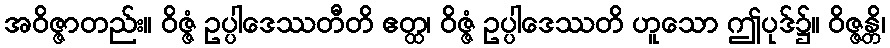
အဝိဇ္ဇာတည်း။ ဝိဇ္ဇံ ဥပ္ပါဒေဿတီတိ ဧတ္ထ၊ ဝိဇ္ဇံ ဥပ္ပါဒေဿတိ ဟူသော ဤပုဒ်၌။ ဝိဇ္ဇန္တိ၊